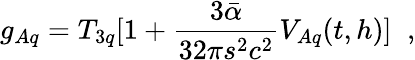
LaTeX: g_{Aq}=T_{3q}[1+\frac{3\bar{\alpha}}{32\pi s^{2}c^{2}}V_{Aq}(t,h)]\; \; ,